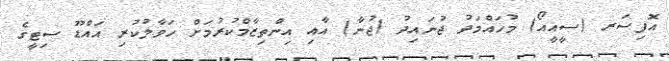
އޮފިސަރ (ސީއީއޯ) މުހައްމަދު ޖުނައިދު (ޖުނާ) އާއި އިންތިޒާމްކުރުމަށް ހަވާލުކުރި އައްޑޫ ސިޓީގެ